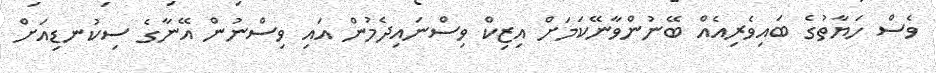
ވެސް ހަޔާތުގެ ބައިވެރިއެއް ބޭނުންވާނޭކަމަށް އިޒިކް ވިސްނައިދެމުން އައި ވިސްނުން އޭނާގެ ސިކުނޑިއަށް